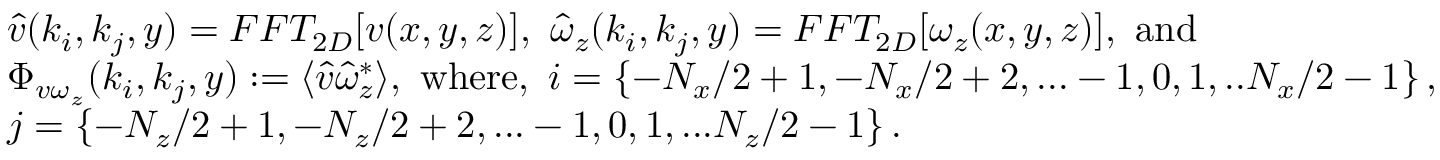
\begin{array} { r l } & { \hat { v } ( k _ { i } , k _ { j } , y ) = F F T _ { 2 D } [ v ( x , y , z ) ] , \ \hat { \omega } _ { z } ( k _ { i } , k _ { j } , y ) = F F T _ { 2 D } [ \omega _ { z } ( x , y , z ) ] , \ \mathrm { a n d } } \\ & { \Phi _ { v \omega _ { z } } ( k _ { i } , k _ { j } , y ) : = \langle \hat { v } \hat { \omega } _ { z } ^ { * } \rangle , \ \mathrm { w h e r e } , \ i = \left\{ - { N _ { x } } / { 2 } + 1 , - { N _ { x } } / { 2 } + 2 , . . . - 1 , 0 , 1 , . . { N _ { x } } / { 2 } - 1 \right\} , } \\ & { j = \left\{ - { N _ { z } } / { 2 } + 1 , - { N _ { z } } / { 2 } + 2 , . . . - 1 , 0 , 1 , . . . { N _ { z } } / { 2 } - 1 \right\} . } \end{array}